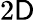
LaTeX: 2\mathsf{D}